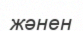
жәнен